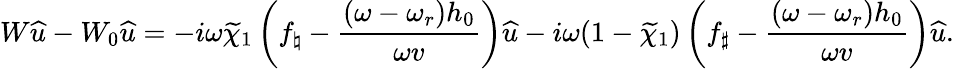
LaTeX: W{\widehat{u}}-W_{0}{\widehat{u}}=-i\omega\widetilde{\chi}_{1}\left(f_{\natural}-\frac{(\omega-\omega_{r})h_{0}}{\omega v}\right){\widehat{u}}-i\omega(1-\widetilde{\chi}_{1})\left(f_{\sharp}-\frac{(\omega-\omega_{r})h_{0}}{\omega v}\right){\widehat{u}}.